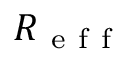
R _ { \mathrm { ~ e ~ f ~ f ~ } }